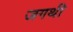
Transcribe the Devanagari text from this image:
जगथी